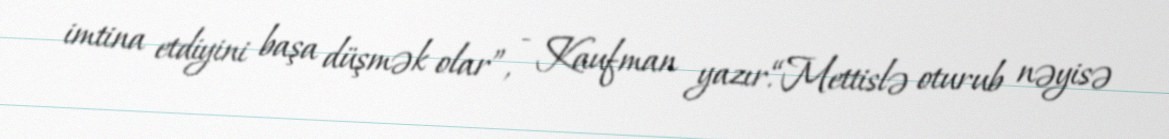
imtina etdiyini başa düşmək olar”, - Kaufman yazır.“Mettislə oturub nəyisə